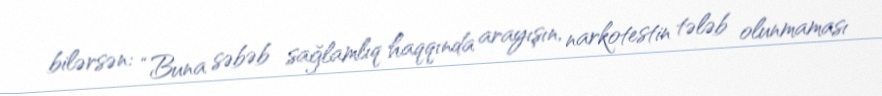
bilərsən: “Buna səbəb sağlamlıq haqqında arayışın, narkotestin tələb olunmaması